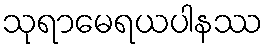
သုရာမေရယပါနဿ